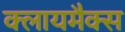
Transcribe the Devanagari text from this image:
क्लायमैक्स